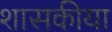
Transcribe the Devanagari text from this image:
शासकीया